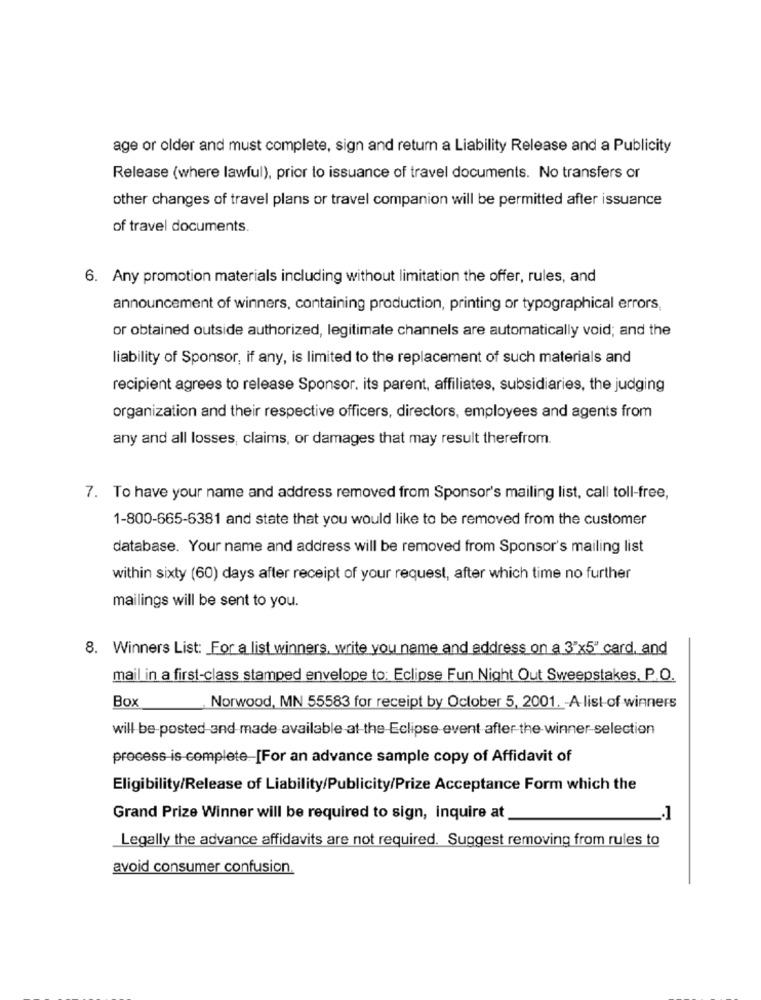
age or older and must complete, sign and return a Liability Release and a Publicity
Release (where lawful), prior to issuance of travel documents. No transfers or
other changes of travel plans or travel companion will be permitted after issuance
of travel documents.
6. Any promotion materials including without limitation the offer, rules, and
announcement of winners, containing production, printing or typographical errors,
or obtained outside authorized, legitimate channels are automatically void; and the
liability of Sponsor, if any, is limited to the replacement of such materials and
recipient agrees to release Sponsor. its parent, affiliates, subsidiaries, the judging
organization and their respective officers, directors, employees and agents from
any and all losses, claims, or damages that may result therefrom.
7. To have your name and address removed from Sponsor's mailing list, call toll-free,
1-800-665-6381 and state that you would like to be removed from the customer
database. Your name and address will be removed from Sponsor's mailing list
within sixty (60) days after receipt of your request, after which time no further
mailings will be sent to you.
8. Winners List: For a list winners, write you name and address on a 3"x5" card, and
mail in a first-class stamped envelope to: Eclipse Fun Night Out Sweepstakes, P.O.
Box
Norwood, MN 55583 for receipt by October 5, 2001. - A list-of winners
will be-posted-and-made available at the Eclipse event after the winner selection
process is complete [For an advance sample copy of Affidavit of
Eligibility/Release of Liability/Publicity/Prize Acceptance Form which the
Grand Prize Winner will be required to sign, inquire at
.. 1
Legally the advance affidavits are not required. Suggest removing from rules to
avoid consumer confusion.